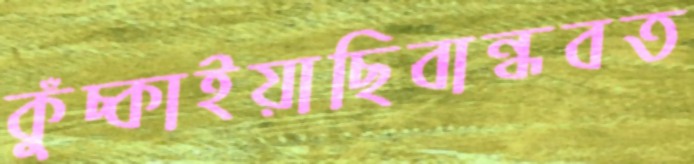
কুঁচ্‌কাইয়াছিবান্ধবত